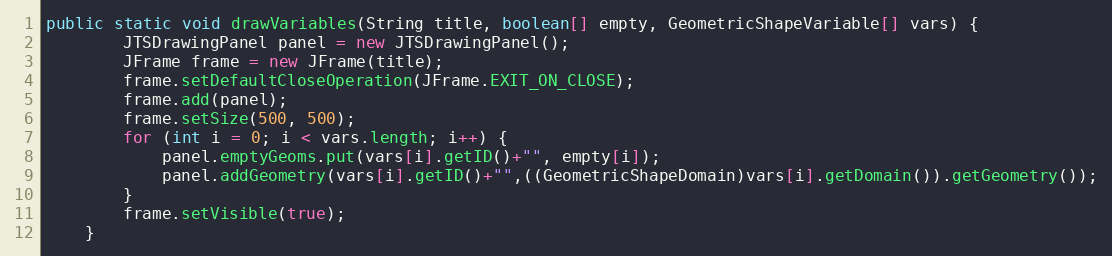
Language: Java
public static void drawVariables(String title, boolean[] empty, GeometricShapeVariable[] vars) {
		JTSDrawingPanel panel = new JTSDrawingPanel();
		JFrame frame = new JFrame(title);
		frame.setDefaultCloseOperation(JFrame.EXIT_ON_CLOSE);
		frame.add(panel);
		frame.setSize(500, 500);
		for (int i = 0; i < vars.length; i++) {
			panel.emptyGeoms.put(vars[i].getID()+"", empty[i]);
			panel.addGeometry(vars[i].getID()+"",((GeometricShapeDomain)vars[i].getDomain()).getGeometry());
		}
		frame.setVisible(true);
	}